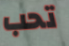
تحب